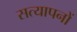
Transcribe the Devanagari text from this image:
सत्यापनों